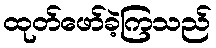
ထုတ်ဖော်ခဲ့ကြသည်